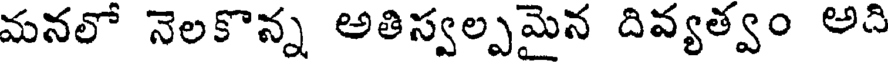
మనలో నెలకొన్న అతిస్వల్పమైన దివ్యత్వం అది